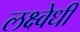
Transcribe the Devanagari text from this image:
लक्ष्वेधी